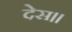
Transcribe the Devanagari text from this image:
देस।।